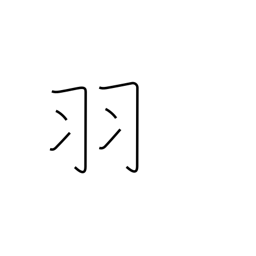
Meaning: counter for birds, rabbits